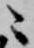
ニ